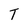
Character: T